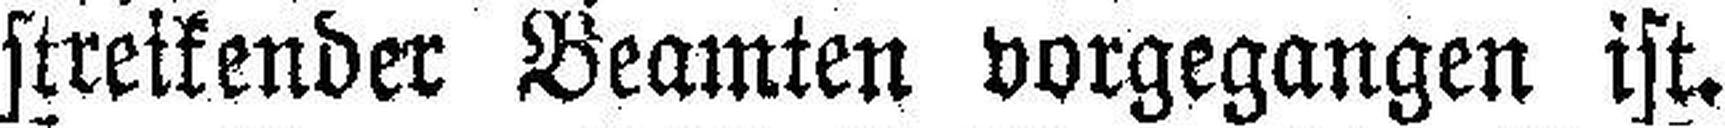
streikender Beamten vorgegangen ist.